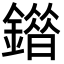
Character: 䥘